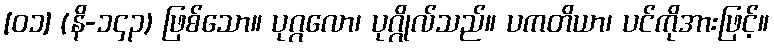
[၀၁] (နိ-၁၄၃) ဖြစ်သော။ ပုဂ္ဂလော၊ ပုဂ္ဂိုလ်သည်။ ပကတိယာ၊ ပင်ကိုအားဖြင့်။